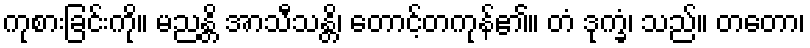
ကုစားခြင်းကို။ မညန္တိ အာသီသန္တိ၊ တောင့်တကုန်၏။ တံ ဒုက္ခံ၊ သည်။ တတော၊